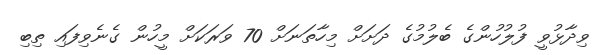
ވިދާޅުވީ ފުލުހުންގެ ބެލުމުގެ ދަށަށް މިހާތަނަށް 70 ވަރަކަށް މީހުން ގެނެވިފައި ތިބި